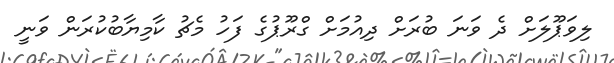
ލިވަޕޫލަށް ދެ ވަނަ ބުރަށް ދިއުމަށް ގްރޫޕުގެ ފަހު މެޗު ކާމިޔާބުކުރަން ވަނީ